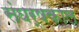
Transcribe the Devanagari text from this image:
संघर्षकाल